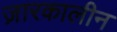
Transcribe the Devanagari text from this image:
ज़ारकालीन